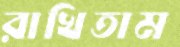
রাখিতাম